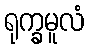
ရုက္ခမူလံ